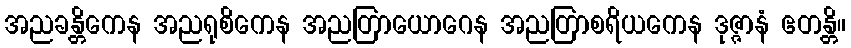
အညခန္တိကေန အညရုစိကေန အညတြာယောဂေန အညတြာစရိယကေန ဒုဇ္ဇာနံ ဧတန္တိ။